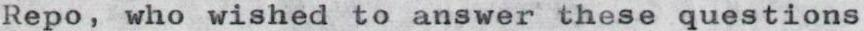
Repo, who wished to answer these questions